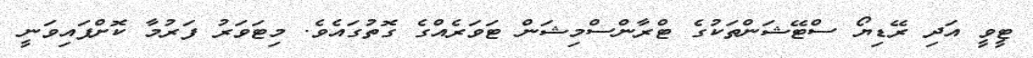
ޓީވީ އަދި ރޭޑިޔޯ ސްޓޭޝަންތަކުގެ ޓްރާންސްމިޝަން ޓަވަރެއްގެ ގޮތުގައެވެ. މިޓަވަރު ފަރުމާ ކޮށްފައިވަނީ